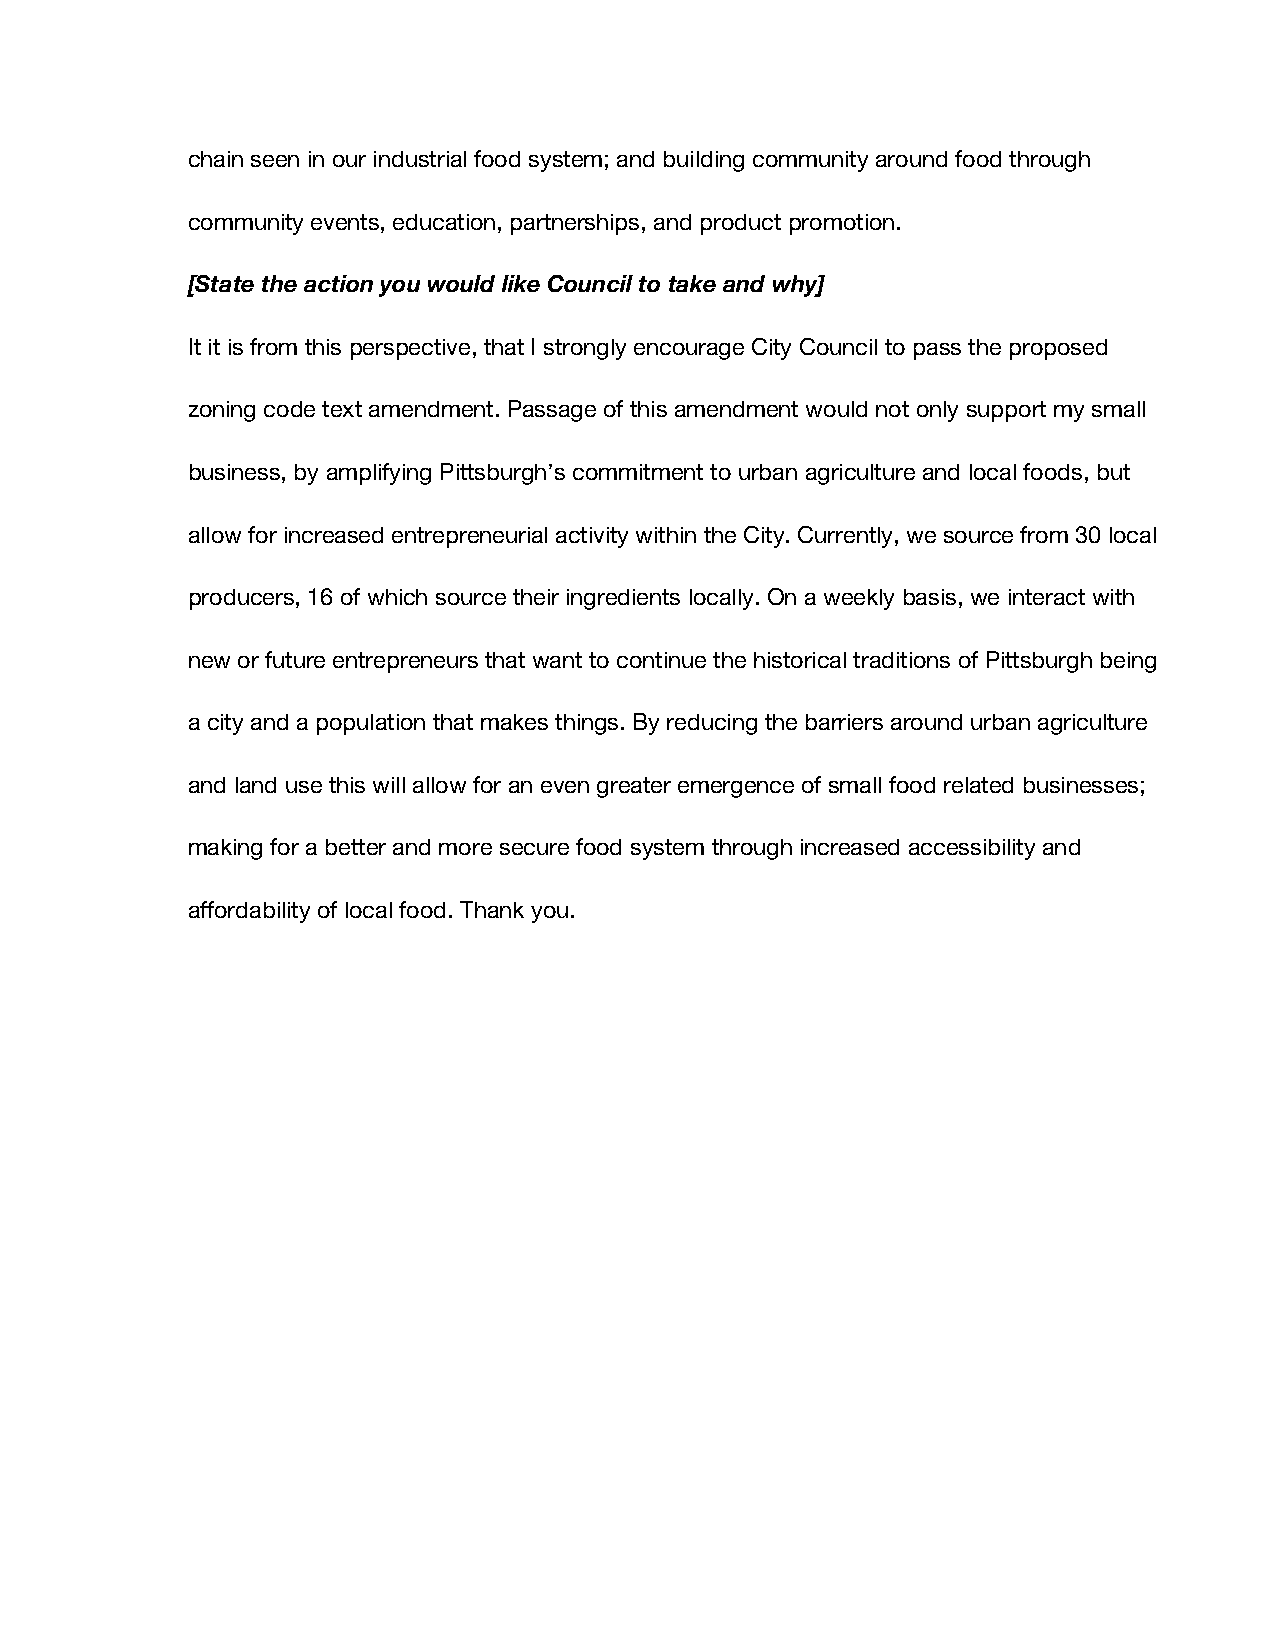
chain seen in our industrial food system; and building community around food through
 community events, education, partnerships, and product promotion.
 [State the action you would like Council to take and why]
 It it is from this perspective, that I strongly encourage City Council to pass the proposed
 zoning code text amendment. Passage of this amendment would not only support my small
 business, by amplifying Pittsburgh’s commitment to urban agriculture and local foods, but
 allow for increased entrepreneurial activity within the City. Currently, we source from 30 local
 producers, 16 of which source their ingredients locally. On a weekly basis, we interact with
 new or future entrepreneurs that want to continue the historical traditions of Pittsburgh being
 a city and a population that makes things. By reducing the barriers around urban agriculture
 and land use this will allow for an even greater emergence of small food related businesses;
 making for a better and more secure food system through increased accessibility and
 affordability of local food. Thank you.